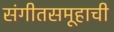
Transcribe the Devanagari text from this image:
संगीतसमूहाची